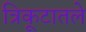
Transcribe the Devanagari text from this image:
त्रिकूटातले